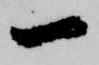
一